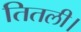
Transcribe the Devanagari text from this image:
तितली।